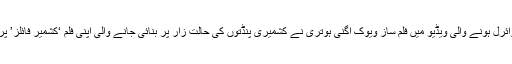
سوشل میڈیا پر وائرل ہونے والی ویڈیو میں فلم ساز ویوک اگنی ہوتری نے کشمیری پنڈتوں کی حالت زار پر بنائی جانے والی اپنی فلم ‘کشمیر فائلز’ پر اظہار خیال کیا۔